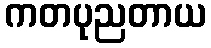
ကတပုညတာယ